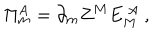
\Pi _ { m } ^ { A } = \partial _ { m } Z ^ { M } E _ { M } ^ { ~ A } ~ ,